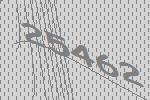
25462